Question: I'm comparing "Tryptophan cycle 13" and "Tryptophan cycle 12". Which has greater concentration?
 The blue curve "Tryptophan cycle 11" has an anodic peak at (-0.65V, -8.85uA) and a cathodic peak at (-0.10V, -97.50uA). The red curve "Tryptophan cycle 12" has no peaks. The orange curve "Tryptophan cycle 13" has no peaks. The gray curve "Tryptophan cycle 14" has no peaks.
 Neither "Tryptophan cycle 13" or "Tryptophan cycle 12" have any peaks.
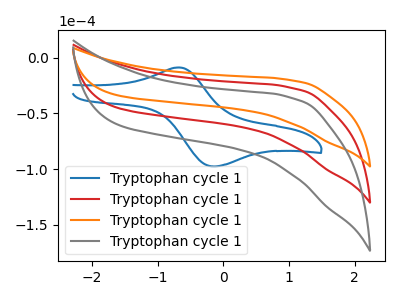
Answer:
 <answer>I cant tell if "Tryptophan cycle 13" or "Tryptophan cycle 12" has higher concentration.</answer>
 <eval>mixed_concentration</eval>